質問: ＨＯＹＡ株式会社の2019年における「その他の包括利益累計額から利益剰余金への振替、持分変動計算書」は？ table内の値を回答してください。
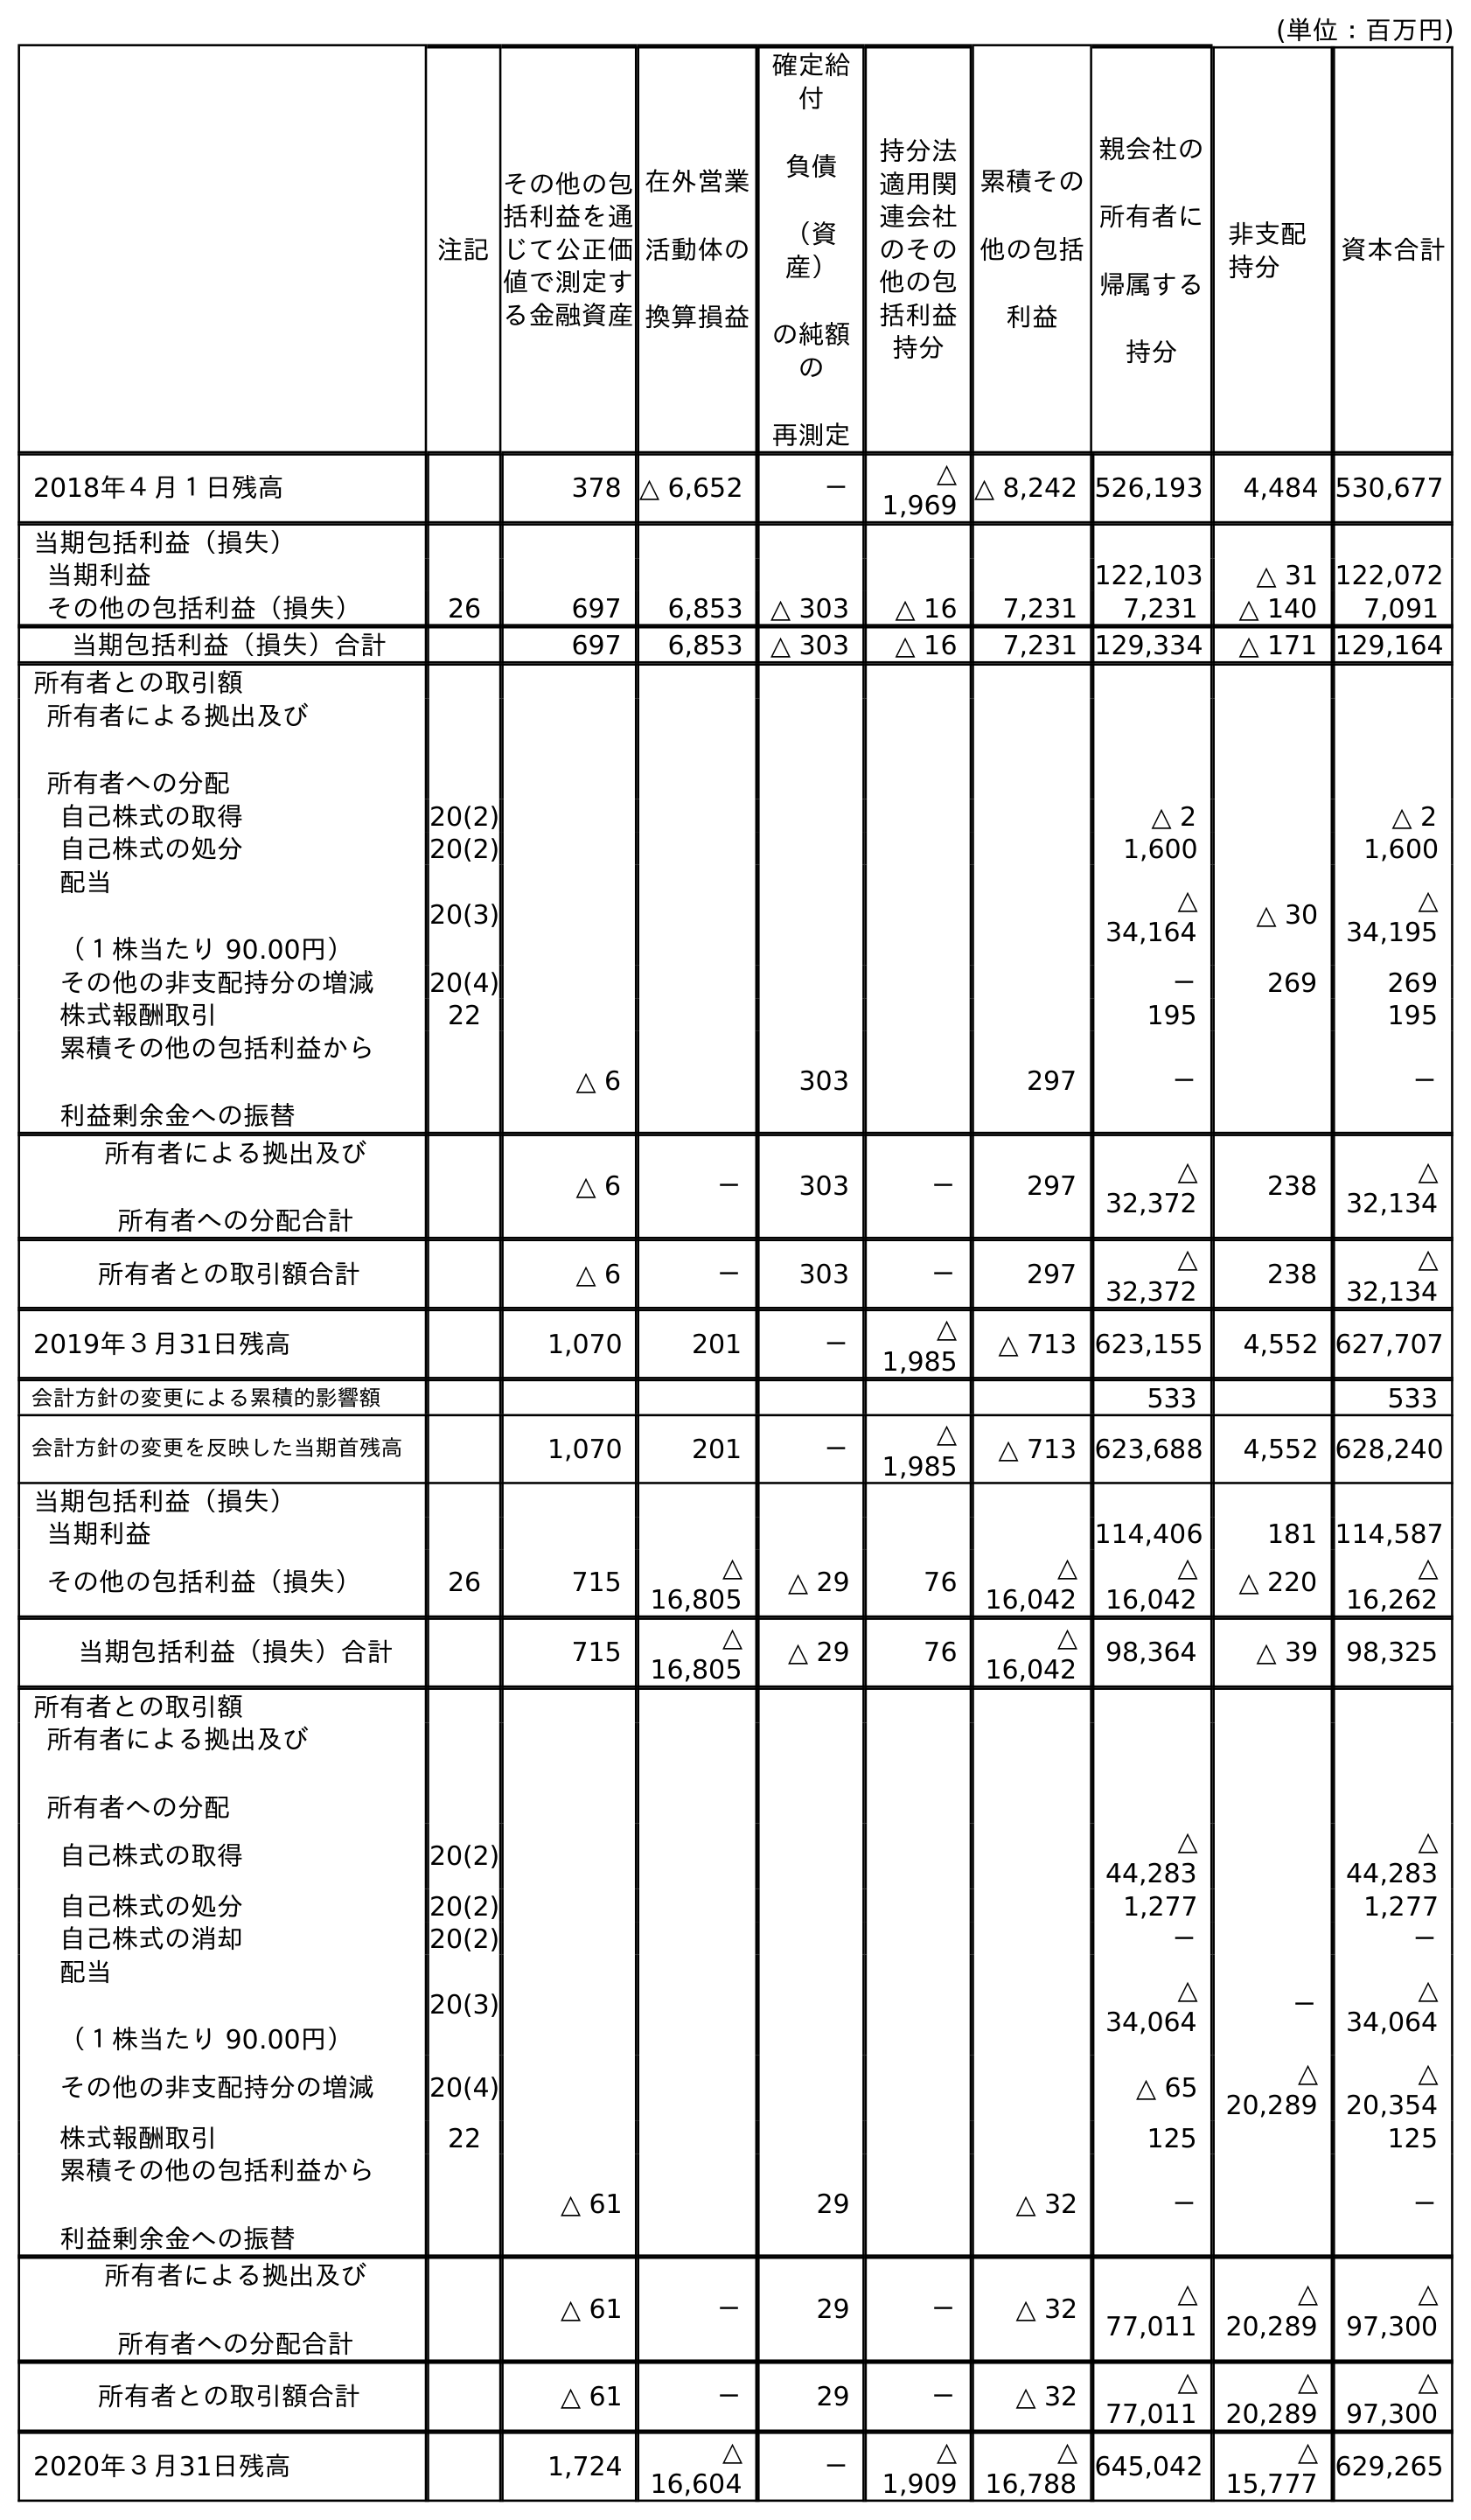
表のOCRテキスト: (単位：百万円) 注記 親会社の 所有者に 帰属する 持分 非支配 持分 資本合計 その他の包 括利益を通 じて公正価 値で測定す る金融資産 在外営業 活動体の 換算損益 確定給 付 負債 （資 産） の純額 の 再測定 持分法 適用関 連会社 のその 他の包 括利益 持分 累積その 他の包括 利益 2018年４月１日残高 378 △ 6,652 － △ 1,969 △ 8,242 526,193 4,484 530,677 当期包括利益（損失） 当期利益 122,103 △ 31 122,072 その他の包括利益（損失） 26 697 6,853 △ 303 △ 16 7,231 7,231 △ 140 7,091 当期包括利益（損失）合計 697 6,853 △ 303 △ 16 7,231 129,334 △ 171 129,164 所有者との取引額 所有者による拠出及び 所有者への分配 自己株式の取得 20(2) △ 2 △ 2 自己株式の処分 20(2) 1,600 1,600 配当 （１株当たり 90.00円） 20(3) △ 34,164 △ 30 △ 34,195 その他の非支配持分の増減 20(4) － 269 269 株式報酬取引 22 195 195 累積その他の包括利益から 利益剰余金への振替 △ 6 303 297 － － 所有者による拠出及び 所有者への分配合計 △ 6 － 303 － 297 △ 32,372 238 △ 32,134 所有者との取引額合計 △ 6 － 303 － 297 △ 32,372 238 △ 32,134 2019年３月31日残高 1,070 201 － △ 1,985 △ 713 623,155 4,552 627,707 会計方針の変更による累積的影響額 533 533 会計方針の変更を反映した当期首残高 1,070 201 － △ 1,985 △ 713 623,688 4,552 628,240 当期包括利益（損失） 当期利益 114,406 181 114,587 その他の包括利益（損失） 26 715 △ 16,805 △ 29 76 △ 16,042 △ 16,042 △ 220 △ 16,262 当期包括利益（損失）合計 715 △ 16,805 △ 29 76 △ 16,042 98,364 △ 39 98,325 所有者との取引額 所有者による拠出及び 所有者への分配 自己株式の取得 20(2) △ 44,283 △ 44,283 自己株式の処分 20(2) 1,277 1,277 自己株式の消却 20(2) － － 配当 （１株当たり 90.00円） 20(3) △ 34,064 － △ 34,064 その他の非支配持分の増減 20(4) △ 65 △ 20,289 △ 20,354 株式報酬取引 22 125 125 累積その他の包括利益から 利益剰余金への振替 △ 61 29 △ 32 － － 所有者による拠出及び 所有者への分配合計 △ 61 － 29 － △ 32 △ 77,011 △ 20,289 △ 97,300 所有者との取引額合計 △ 61 － 29 － △ 32 △ 77,011 △ 20,289 △ 97,300 2020年３月31日残高 1,724 △ 16,604 － △ 1,909 △ 16,788 645,042 △ 15,777 629,265
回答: －